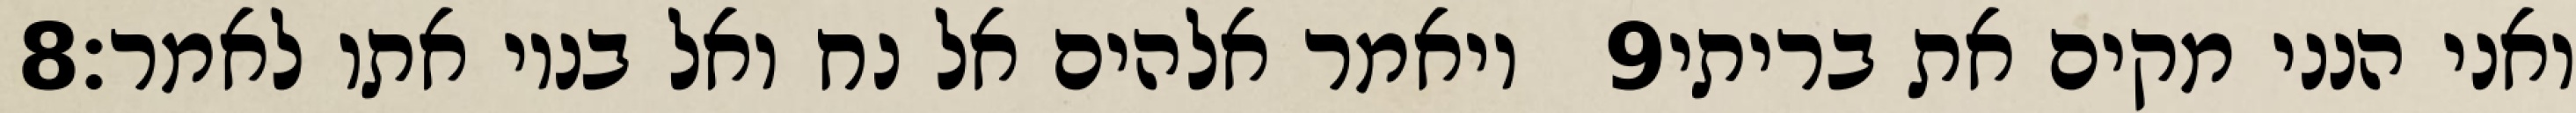
‎8‏ ויאמר אלהים אל נח ואל בניו אתו לאמר׃ ‎9‏ ואני הנני מקים את בריתי